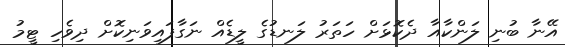
އޭނާ ބުނި ލަންކާއާ ދެކޮޅަށް ހަތަރު ލަނޑުގެ ލީޑެއް ނަގާފައިވަނިކޮށް ދިވެހި ޓީމު